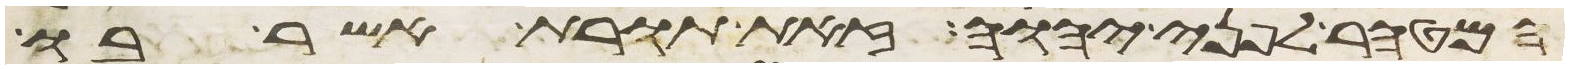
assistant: המטהר לפני יהוה זאת תורת אשר בו